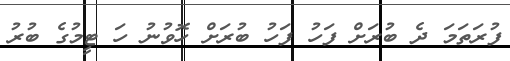
ފުރަތަމަ ދެ ބުރަށް ފަހު ފަހު ބުރަށް ހޮވުނު ހަ ޓީމުގެ ބުރު